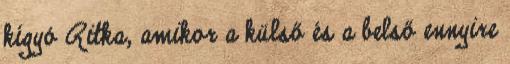
kígyó Ritka, amikor a külső és a belső ennyire